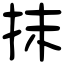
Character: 抹